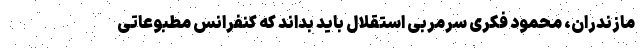
مازندران، محمود فکری سرمربی استقلال باید بداند که کنفرانس مطبوعاتی